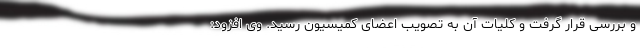
و بررسی قرار گرفت و کلیات آن به تصویب اعضای کمیسیون رسید. وی افزود: